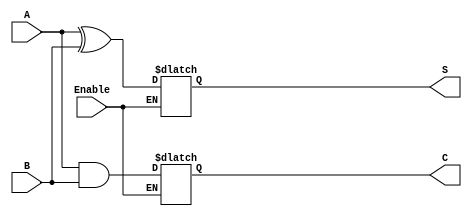
module Conditional_Half_Adder (
    input wire A,      // First input bit
    input wire B,      // Second input bit
    input wire Enable, // Control signal for enabling addition
    output reg S,      // Sum output
    output reg C       // Carry output
);

// Internal signal to store temporary values for S and C
wire temp_S;
wire temp_C;

assign temp_S = A ^ B; // Sum calculation (XOR)
assign temp_C = A & B; // Carry calculation (AND)

// Always block to handle the conditional logic based on Enable signal
always @(*) begin
    if (Enable) begin
        S = temp_S; // Update Sum on Enable
        C = temp_C; // Update Carry on Enable
    end
    // If Enable is LOW, S and C retain their previous values
end

endmodule